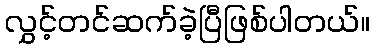
လွှင့်တင်ဆက်ခဲ့ပြီဖြစ်ပါတယ်။